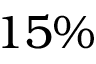
1 5 \%